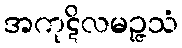
အကုဋိလမဉ္ဇသံ